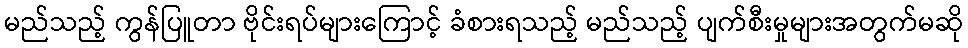
မည်သည့် ကွန်ပြူတာ ဗိုင်းရပ်များကြောင့် ခံစားရသည့် မည်သည့် ပျက်စီးမှုများအတွက်မဆို